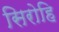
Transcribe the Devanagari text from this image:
सिरोहि